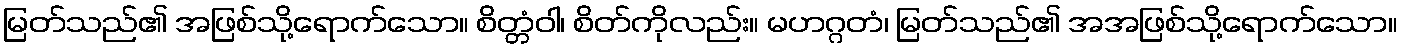
မြတ်သည်၏ အဖြစ်သို့ရောက်သော။ စိတ္တံဝါ၊ စိတ်ကိုလည်း။ မဟဂ္ဂတံ၊ မြတ်သည်၏ အအဖြစ်သို့ရောက်သော။